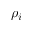
\rho _ { i }